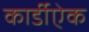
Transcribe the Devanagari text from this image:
कार्डीऐक